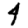
Digit: 4